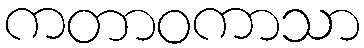
ကတာဝကာသာ